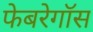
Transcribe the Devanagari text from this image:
फेबरेगॉस